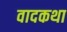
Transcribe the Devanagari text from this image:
वादकथा